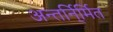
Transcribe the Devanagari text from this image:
अन्तर्नि्र्मित